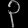
Digit: ၃